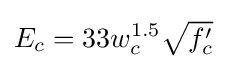
E_{c}=33w_{c}^{1.5}{\sqrt {f'_{c}}}